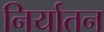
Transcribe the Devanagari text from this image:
निर्यातन